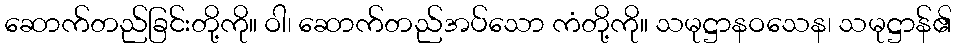
ဆောက်တည်ခြင်းတို့ကို။ ဝါ၊ ဆောက်တည်အပ်သော ကံတို့ကို။ သမုဋ္ဌာနဝသေန၊ သမုဋ္ဌာန်၏